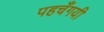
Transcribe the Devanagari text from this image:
पहचँगयी